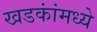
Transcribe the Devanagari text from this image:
खडकांंमध्ये